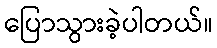
ပြောသွားခဲ့ပါတယ်။